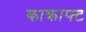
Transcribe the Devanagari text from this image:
काक्राफ्ट